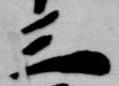
三